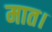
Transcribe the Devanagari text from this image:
मात।